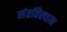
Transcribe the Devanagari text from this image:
संततिस्थान